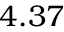
4 . 3 7